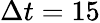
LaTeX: \Delta t=15